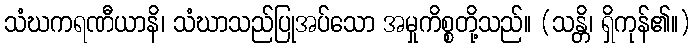
သံဃကရဏီယာနိ၊ သံဃာသည်ပြုအပ်သော အမှုကိစ္စတို့သည်။ (သန္တိ၊ ရှိကုန်၏။)